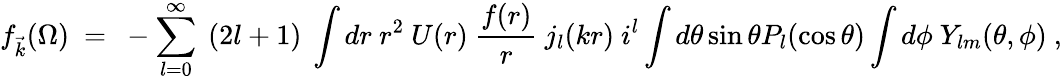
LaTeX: f_{\vec{k}}(\Omega)~=~-\sum_{l=0}^{\infty}~(2l+1)~\int dr~r^{2}~U(r)~\frac{f(r)}{r}~j_{l}(kr)~i^{l}\int d\theta\sin\theta P_{l}(\cos\theta)\int d\phi~Y_{lm}(\theta,\phi)~,